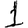
Digit: 1